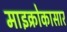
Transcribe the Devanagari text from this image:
माइक्रोकासार